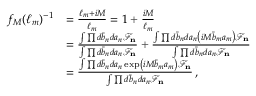
\begin{array} { r l } { f _ { M } ( \ell _ { m } ) ^ { - 1 } } & { = \frac { \ell _ { m } + i M } { \ell _ { m } } = 1 + \frac { i M } { \ell _ { m } } } \\ & { = \frac { \int \prod d \bar { b } _ { n } d a _ { n } \mathcal { F } _ { \mathbf { n } } } { \int \prod d \bar { b } _ { n } d a _ { n } \mathcal { F } _ { \mathbf { n } } } + \frac { \int \prod d \bar { b } _ { n } d a _ { n } \left( i M \bar { b } _ { m } a _ { m } \right) \mathcal { F } _ { \mathbf { n } } } { \int \prod d \bar { b } _ { n } d a _ { n } \mathcal { F } _ { \mathbf { n } } } } \\ & { = \frac { \int \prod d \bar { b } _ { n } d a _ { n } \exp \left( i M \bar { b } _ { m } a _ { m } \right) \mathcal { F } _ { \mathbf { n } } } { \int \prod d \bar { b } _ { n } d a _ { n } \mathcal { F } _ { \mathbf { n } } } \, , } \end{array}